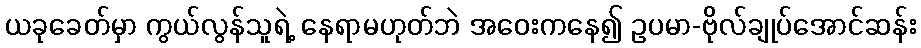
ယခုခေတ်မှာ ကွယ်လွန်သူရဲ့ နေရာမဟုတ်ဘဲ အဝေးကနေ၍ ဥပမာ-ဗိုလ်ချုပ်အောင်ဆန်း